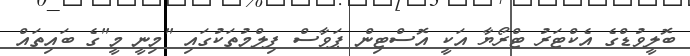
ބޮލީވުޑްގެ އެކްޓަރު ޓްރޯޔާ އަކީ އޮސްޓިން ޕަވާސް ފިލްމުތަކުގައި "މިނީ މީ"ގެ ބައިތައް